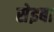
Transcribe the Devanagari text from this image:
सेइबा